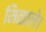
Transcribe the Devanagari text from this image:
मिळाले।